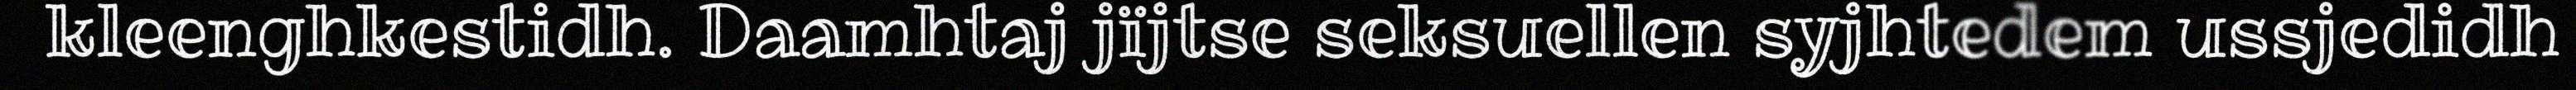
kleenghkestidh. Daamhtaj jïjtse seksuellen syjhtedem ussjedidh